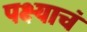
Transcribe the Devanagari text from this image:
पक्ष्याचं